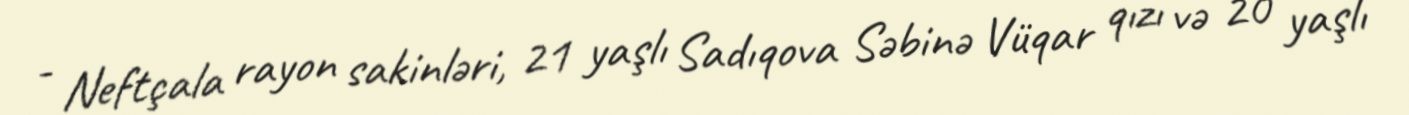
- Neftçala rayon sakinləri, 21 yaşlı Sadıqova Səbinə Vüqar qızı və 20 yaşlı